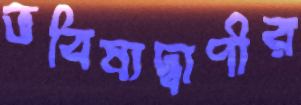
ভবিষ্যদ্বাণীর